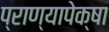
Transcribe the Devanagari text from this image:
प्राण्यापेक्षा